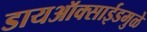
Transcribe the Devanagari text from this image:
डायऑक्साईडमुळे